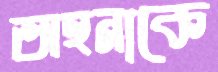
অহনাকে